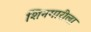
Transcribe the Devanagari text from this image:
शिनगारीला